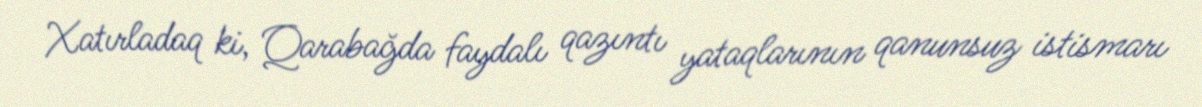
Xatırladaq ki, Qarabağda faydalı qazıntı yataqlarının qanunsuz istismarı